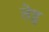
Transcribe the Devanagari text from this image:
तेहु